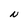
Character: N